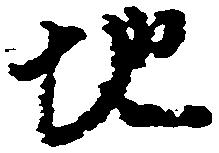
地